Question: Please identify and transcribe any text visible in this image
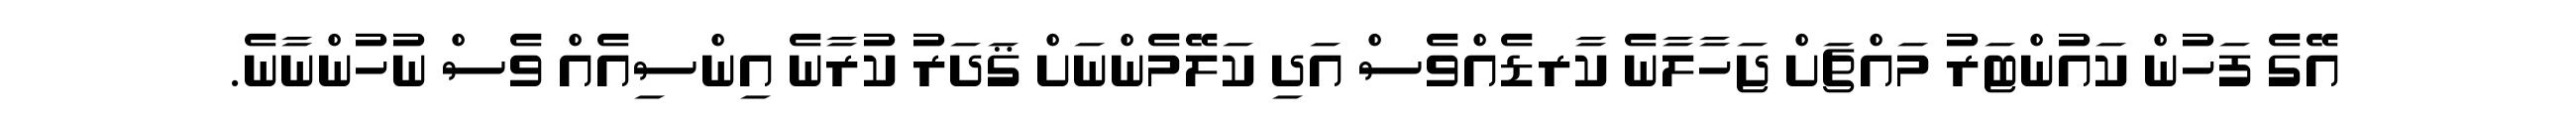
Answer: އޭގެ ފަހުން ކައުންޓަރު މައްޗަށް ޖަހާލާނެ ކާރޑެއްވެސް އަދި ކަލޭމެންނަށް ޤަދަރު ކުރާނެ އިންސިއެއް ވެސް ނުހުންނާނެ.